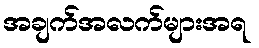
အချက်အလက်များအရ